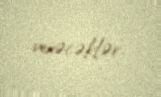
verəcəklər.